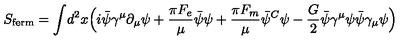
S _ { \mathrm { f e r m } } = \int \! d ^ { 2 } x \Bigl ( i \bar { \psi } \gamma ^ { \mu } \partial _ { \mu } \psi + { \frac { \pi F _ { e } } { \mu } } \bar { \psi } \psi + { \frac { \pi F _ { m } } { \mu } } \bar { \psi } ^ { C } \psi - { \frac { G } { 2 } } \bar { \psi } \gamma ^ { \mu } \psi \bar { \psi } \gamma _ { \mu } \psi \Bigr )